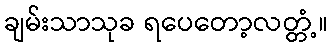
ချမ်းသာသုခ ရပေတော့လတ္တံ့။